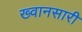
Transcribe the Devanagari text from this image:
ख्वानसारी